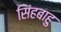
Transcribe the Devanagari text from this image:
सिंहबाहु